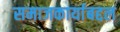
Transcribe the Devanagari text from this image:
समाजकार्याबद्दल